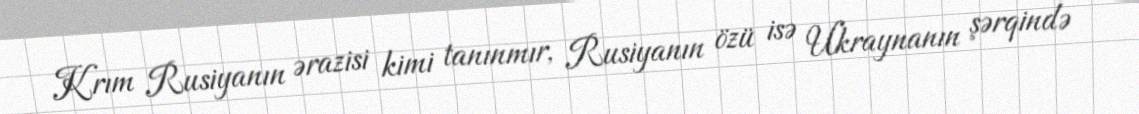
Krım Rusiyanın ərazisi kimi tanınmır, Rusiyanın özü isə Ukraynanın şərqində